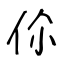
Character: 伱